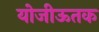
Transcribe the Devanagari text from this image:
योजीऊतक